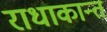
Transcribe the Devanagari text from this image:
राधाकान्‍त